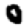
Digit: 0